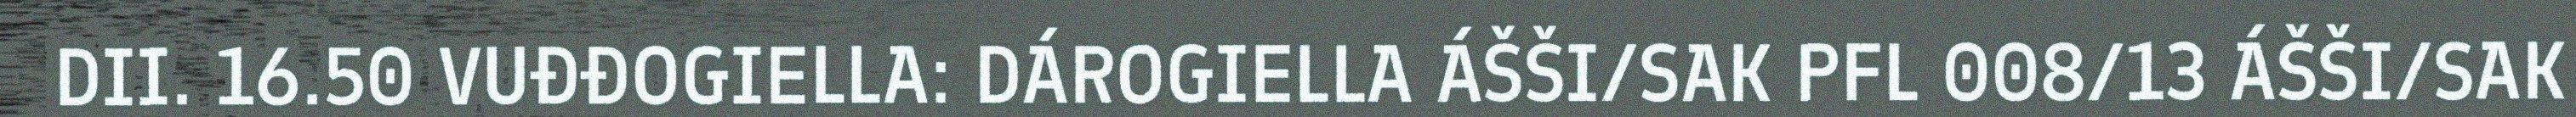
DII. 16.50 VUĐĐOGIELLA: DÁROGIELLA ÁŠŠI/SAK PFL 008/13 ÁŠŠI/SAK